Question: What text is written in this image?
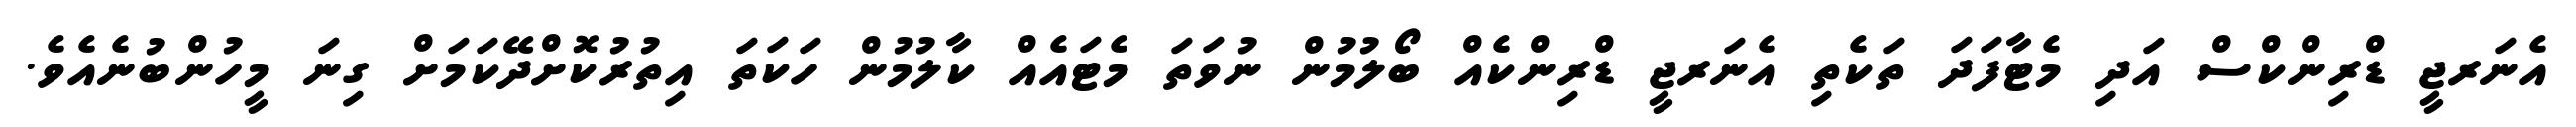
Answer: އެނަރޖީ ޑްރިންކްސް އަދި މެޓާފަދަ ތަކެތި އެނަރޖީ ޑްރިންކެއް ބޯލުމުން ނުވަތަ މެޓައެއް ކާލުމުން ހަކަތަ އިތުރުކޮށްދޭކަމަށް ގިނަ މީހުންބުނެއެވެ.